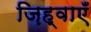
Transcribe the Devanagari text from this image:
जिह्वाएँ